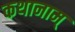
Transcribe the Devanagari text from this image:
कथानाम्